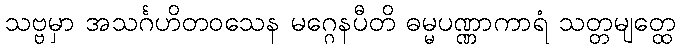
သဗ္ဗမှာ အသင်္ဂဟိတဝသေန မဂ္ဂေနပီတိ ဓမ္မပဏ္ဏာကာရံ သတ္တမျတ္ထေ